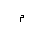
Letter: _mim